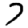
Digit: 7